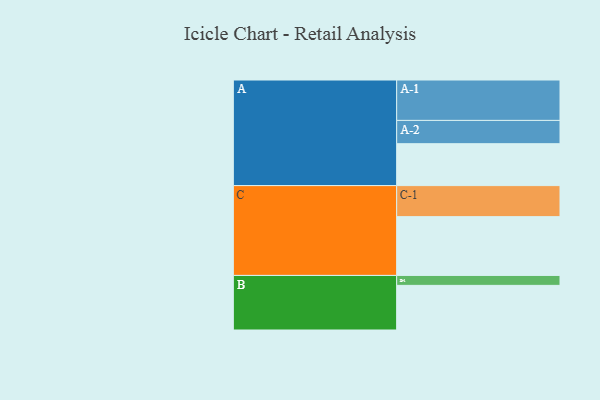
{"axis": {"x": "Segment", "y": "Value"}, "legend": ["", "A", "B", "C"], "data": [{"x": "A", "y": 308, "type": ""}, {"x": "B", "y": 328, "type": ""}, {"x": "C", "y": 432, "type": ""}, {"x": "A-1", "y": 297, "type": "A"}, {"x": "A-2", "y": 171, "type": "A"}, {"x": "B-1", "y": 73, "type": "B"}, {"x": "C-1", "y": 228, "type": "C"}]}